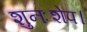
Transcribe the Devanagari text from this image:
शुनःशेप।